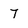
Character: 7